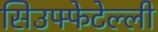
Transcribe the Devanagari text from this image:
सिउफ्फेटेल्ली